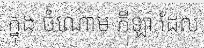
ក្នុង ចំណោម កីឡា ដែល